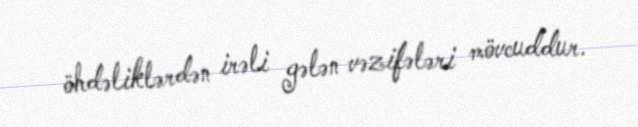
öhdəliklərdən irəli gələn vəzifələri mövcuddur.